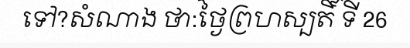
ទៅ?សំណាង ថា:ថ្ងៃព្រហស្បតិ៍ ទី 26